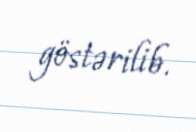
göstərilib.